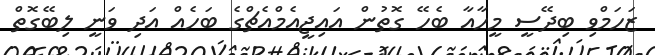
ޒަހަމްވި ބިދޭސީ މީހާއާ ބެހޭ ގޮތުން އައިޖީއެމްއެޗްގެ ބަހެއް އަދި ވަނީ ލިބޭގޮތް